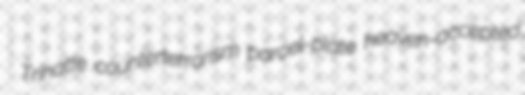
Trinatte counterterrorism parcel-plate heaven-accepted